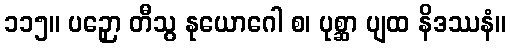
၁၁၅။ ပဉှော တီသွ နုယောဂေါ စ၊ ပုစ္ဆာ ပျထ နိဒဿနံ။